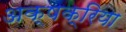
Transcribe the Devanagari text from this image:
अक्षक्रिया